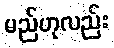
မည်ဟုလည်း